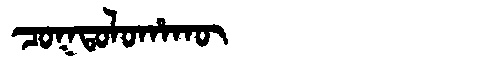
Manchu: ᠴᠣᡴᡨᠣᠯᠣᡥᠠᡴᡡ
Romanization: COKTOLOHAKŪ